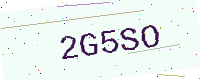
Text: 2G5SO